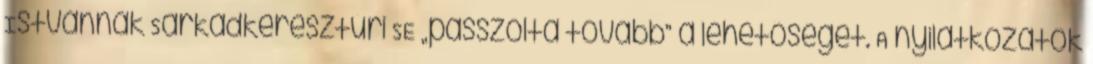
Istvánnak Sarkadkeresztúri SE „passzolta tovább” a lehetőséget. A nyilatkozatok